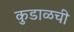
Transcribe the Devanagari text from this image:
कुडाळची